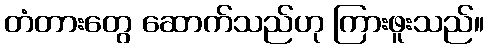
တံတားတွေ ဆောက်သည်ဟု ကြားဖူးသည်။